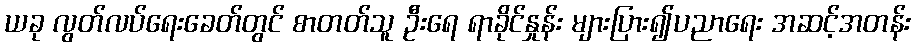
ယခု လွတ်လပ်ရေးခေတ်တွင် စာတတ်သူ ဦးရေ ရာခိုင်နှုန်း များပြား၍ပညာရေး အဆင့်အတန်း